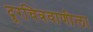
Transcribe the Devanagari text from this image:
दूरचित्रवाणीला